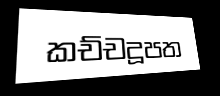
කච්චදූපත